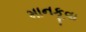
માનકૂવા